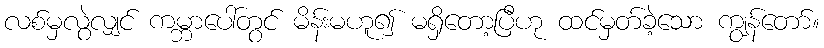
လစ်မှလွဲလျှင် ကမ္ဘာပေါ်တွင် မိန်းမဟူ၍ မရှိတော့ပြီဟု ထင်မှတ်ခဲ့သော ကျွန်တော်။